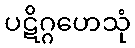
ပဋိဂ္ဂဟေသုံ